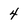
Character: 4